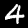
Digit: 4